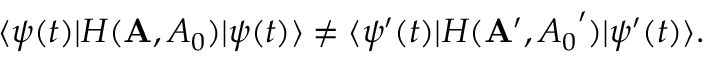
\langle \psi ( t ) | H ( { \bf A } , { A _ { 0 } } ) | \psi ( t ) \rangle \neq \langle \psi ^ { \prime } ( t ) | H ( { \bf A } ^ { \prime } , { A _ { 0 } } ^ { \prime } ) | \psi ^ { \prime } ( t ) \rangle .